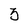
Character: 3